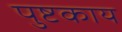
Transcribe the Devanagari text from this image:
पुष्टकाय